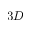
3 D